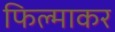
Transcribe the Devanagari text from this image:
फिल्माकर